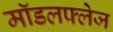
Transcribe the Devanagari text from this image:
मॉडलफ्लेज